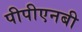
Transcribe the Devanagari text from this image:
पीपीएनबी